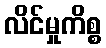
လိင်မှုကိစ္စ